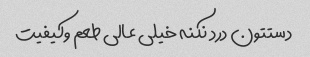
دستتون درد نکنه خیلی عالی طعم وکیفیت